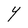
Character: Y